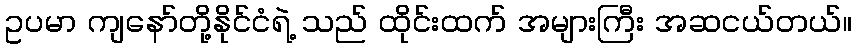
ဥပမာ ကျနော်တို့နိုင်ငံရဲ့ သည် ထိုင်းထက် အများကြီး အဆငယ်တယ်။